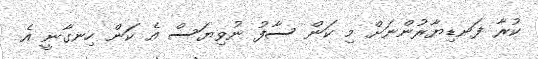
ކުރާ ފަނޑިޔާރުންނަށް މި ކަން ސާފު ނުވިޔަސް އެ ކަން ހިނގާނީ އެ